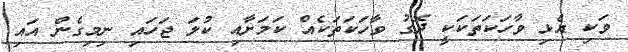
ވަކި އެޅި ވާހަކަތަކަކީ ދޮގު ވާހަކަތަކެއް ކަމަށާއި ކުލަ ޖަހައި ނިމިގެން އައި